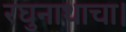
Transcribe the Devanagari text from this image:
रघुनाथाचा।